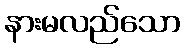
နားမလည်သော